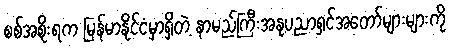
စစ်အစိုးရက မြန်မာနိုင်ငံမှာရှိတဲ့ နာမည်ကြီးအနုပညာရှင်အတော်များများကို